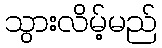
သွားလိမ့်မည်